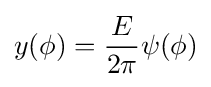
y(\phi )={\frac {E}{2\pi }}\psi (\phi )